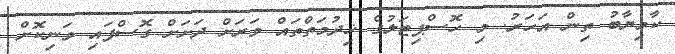
ކާމިޔާބު ތިން އަހަރު. މި ހޮސްޕިޓަލުގެ ޚިދުމަތްތައް ވަރަށް ދަށަށް ގޮސްފައި ވަނިކޮށް